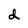
Character: d